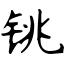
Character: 铫